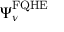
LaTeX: \Psi _ { \nu } ^ { \mathrm { { F Q H E } } }